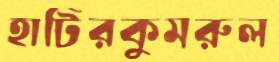
হাটিরকুমরুল